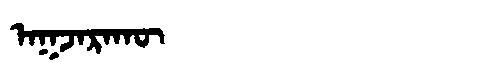
Manchu: ᠠᡴᠵᠠᡵᠠᡴᡡ
Romanization: AKJARAKŪ